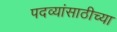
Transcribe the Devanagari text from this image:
पदव्यांसाठीच्या